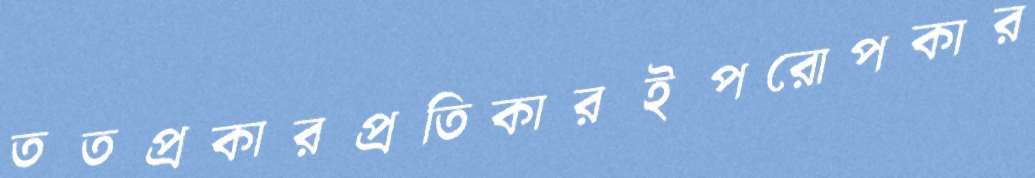
ততপ্রকারপ্রতিকারইপরোপকার